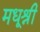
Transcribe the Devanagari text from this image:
मधूश्री